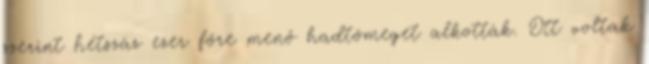
szerint hétszáz ezer főre menő hadtömeget alkották. Ott voltak